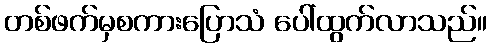
တစ်ဖက်မှစကားပြောသံ ပေါ်ထွက်လာသည်။